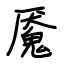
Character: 魇